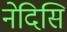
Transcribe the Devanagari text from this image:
नेदिसि